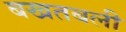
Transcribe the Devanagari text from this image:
बखतबली